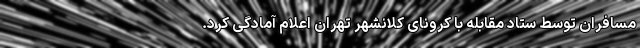
مسافران توسط ستاد مقابله با کرونای کلانشهر تهران اعلام آمادگی کرد.